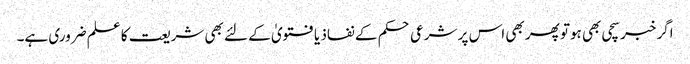
اگر خبر سچی بھی ہوتو پھر بھی اس پر شرعی حکم کے نفاذ یا فتویٰ کے لئے بھی شریعت کا علم ضروری ہے۔